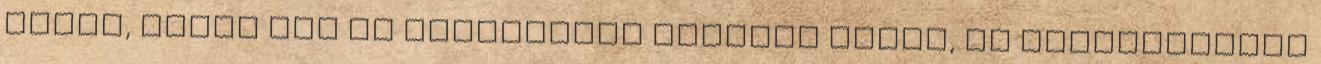
lenne, talán meg is tévesztené Roobert ezzel, de istenségként